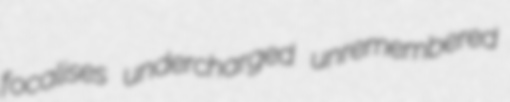
focalises undercharged unremembered